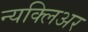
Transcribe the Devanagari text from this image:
न्यक्लिअर